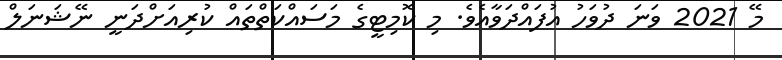
މޭ 2021 ވަނަ ދުވަހު އުފައްދަވާއެވެ. މި ކޮމިޓީގެ މަސައްކަތްތައް ކުރިއަށްދަނީ ނޭޝަނަލް